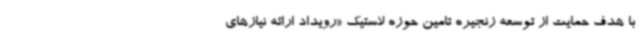
با هدف حمایت از توسعه زنجیره تامین حوزه لاستیک «رویداد ارائه نیازهای